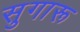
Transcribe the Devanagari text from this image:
सुगारू